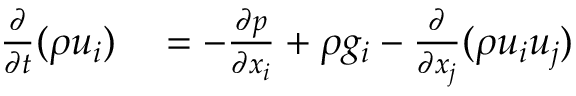
\begin{array} { r l } { { \frac { \partial } { \partial t } } ( \rho u _ { i } ) } & { { } = - { \frac { \partial p } { \partial x _ { i } } } + \rho g _ { i } - { \frac { \partial } { \partial x _ { j } } } ( \rho u _ { i } u _ { j } ) } \end{array}